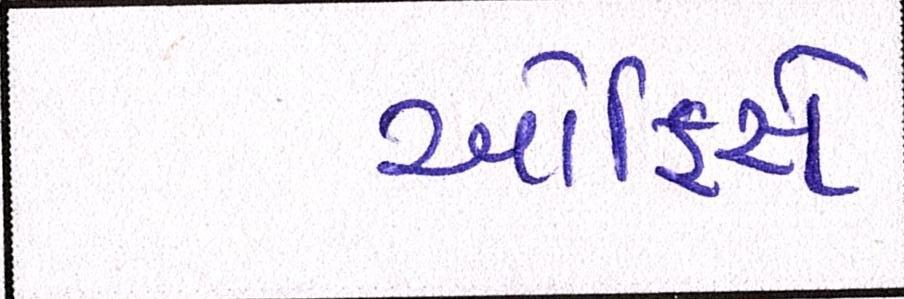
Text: ઓફિસે